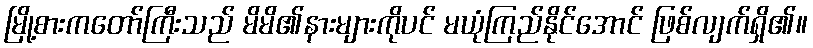
မြို့စားကတော်ကြီးသည် မိမိ၏နားများကိုပင် မယုံကြည်နိုင်အောင် ဖြစ်လျက်ရှိ၏။